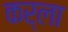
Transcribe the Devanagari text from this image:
कर्ला